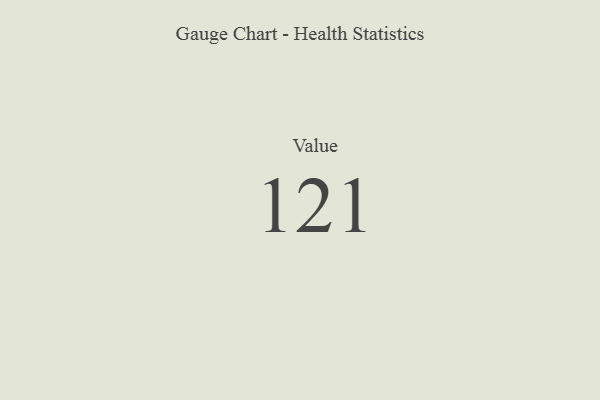
{"axis": {"x": "Metric", "y": "Value"}, "legend": [""], "data": [{"x": "Value", "y": 121, "type": ""}]}